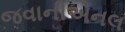
જવાનીએનલ